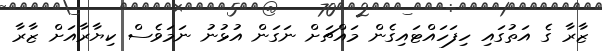
ޒާރާ ގެ އަތުގައި ހިފަހައްޓައިގެން މައްޗަށް ނަގަން އުޅުނު ނަމަވެސް ކިޔާރާއަށް ޒާރާ